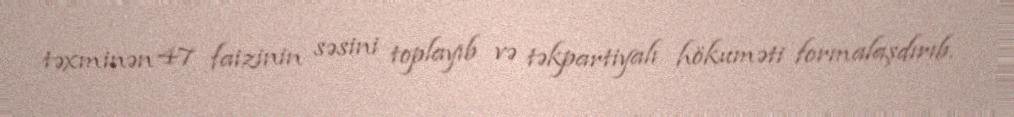
təxminən 47 faizinin səsini toplayıb və təkpartiyalı hökuməti formalaşdırıb.